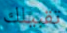
تقبيلك